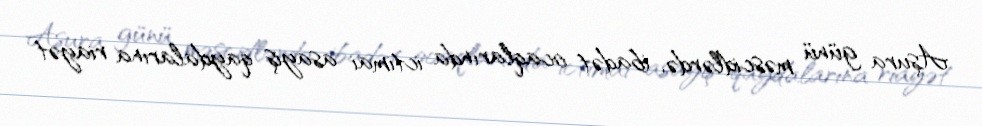
Aşura günü məscidlərdə, ibadət ocaqlarında ictimai asayiş qaydalarına riayət